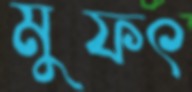
মুফৎ